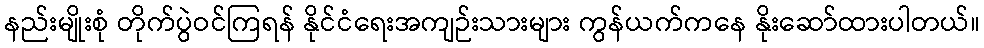
နည်းမျိုးစုံ တိုက်ပွဲဝင်ကြရန် နိုင်ငံရေးအကျဉ်းသားများ ကွန်ယက်ကနေ နိုးဆော်ထားပါတယ်။